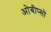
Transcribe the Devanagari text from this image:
ओबीप्‍सो